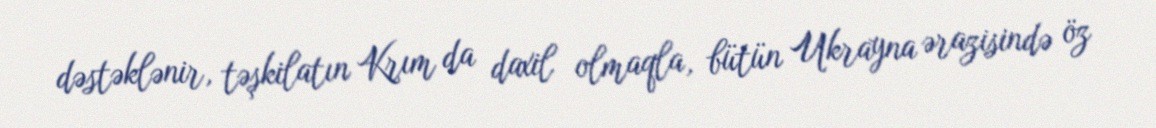
dəstəklənir, təşkilatın Krım da daxil olmaqla, bütün Ukrayna ərazisində öz